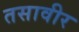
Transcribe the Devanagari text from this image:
तसावीर